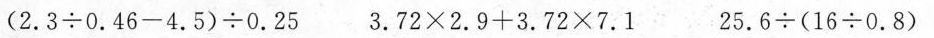
(2.3\div 0.46 - 4.5) \div 0.25 3.72 \times 2.9 + 3.72 \times 7.1 25.6 \div (16 \div 0.8)